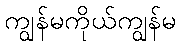
ကျွန်မကိုယ်ကျွန်မ